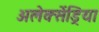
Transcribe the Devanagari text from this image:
अलेक्सेंड्रिया